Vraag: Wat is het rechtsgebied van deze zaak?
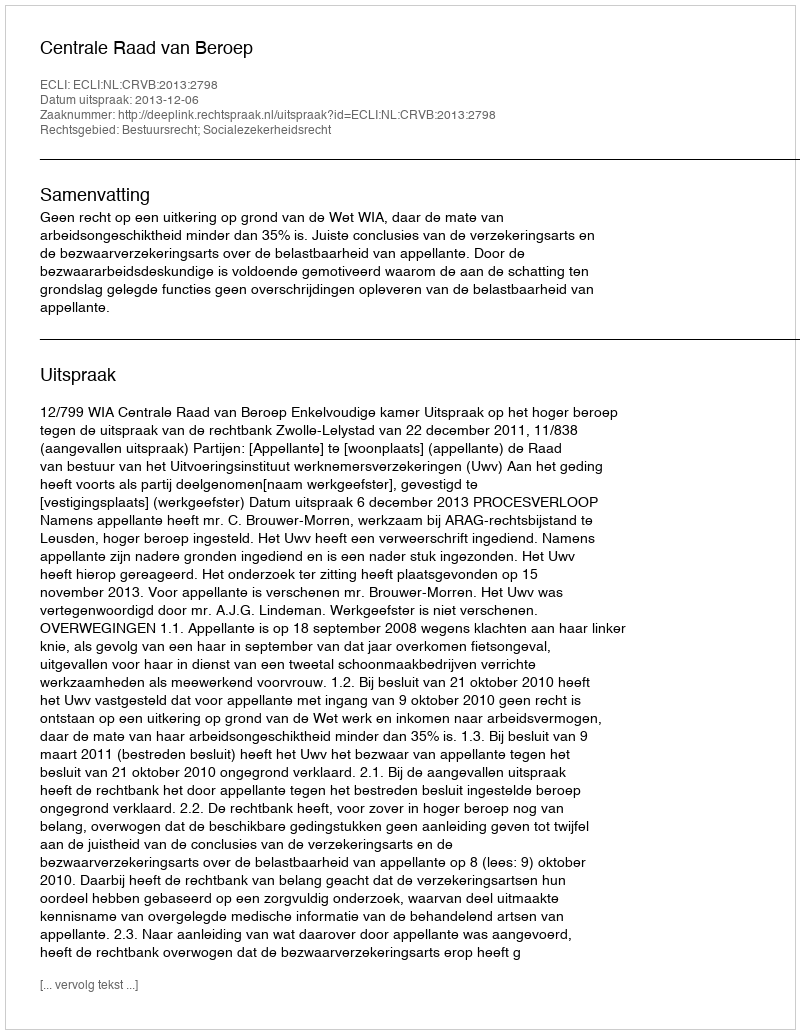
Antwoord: Bestuursrecht; Socialezekerheidsrecht